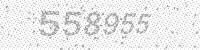
Solution: 558955